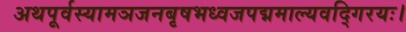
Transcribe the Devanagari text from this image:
अथपूर्वस्यामञजनबृषभध्वजपद्ममाल्यवद्गिरयः।